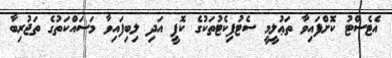
އެޓެސްޓު ކޮށްފައިވާ ތަޢުލީމީ ސެޓުފިކެޓުތަކުގެ ކޮޕީ އަދި ލިބިފައިވާ މަސައްކަތުގެ ތަޖުރިބާ